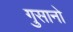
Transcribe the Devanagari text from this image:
गुसानो